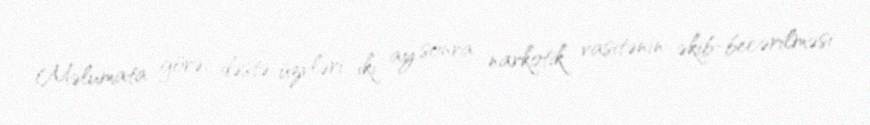
Məlumata görə, dəstə üzvləri iki ay sonra narkotik vasitənin əkib-becərilməsi